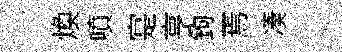
焕噴寔亨鉤焉凑